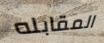
المقابله